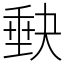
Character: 𡙇